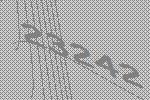
23242